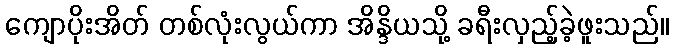
ကျောပိုးအိတ် တစ်လုံးလွယ်ကာ အိန္ဒိယသို့ ခရီးလှည့်ခဲ့ဖူးသည်။